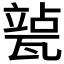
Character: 𱰍